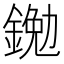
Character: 𨩯